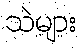
သဲများ